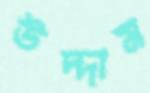
উদ্দাম